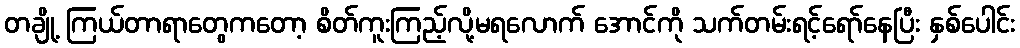
တချို့ ကြယ်တာရာတွေကတော့ စိတ်ကူးကြည့်လို့မရလောက် အောင်ကို သက်တမ်းရင့်ရော်နေပြီး နှစ်ပေါင်း